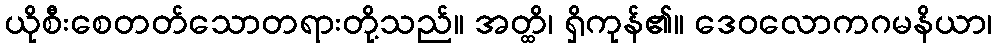
ယိုစီးစေတတ်သောတရားတို့သည်။ အတ္ထိ၊ ရှိကုန်၏။ ဒေဝလောကဂမနိယာ၊